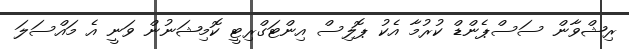
ރިޝްވާން ސަސްޕެންޑް ކުރުމާ އެކު ޕޮލިސް އިންޓަގްރިޓީ ކޮމިޝަނުން ވަނީ އެ މައްސަލަ